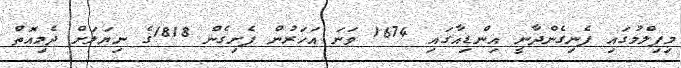
މިފިލްމުގައި ފެނިގެންދާނީ އިންޑިއާގައި 1674 ވަނަ އަހަރުން ފެށިގެން 1818ގެ ނިޔަލަށް ދެމިއޮތް